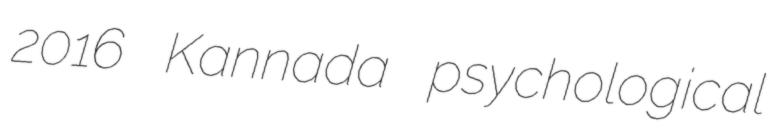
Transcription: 2016 Kannada psychological